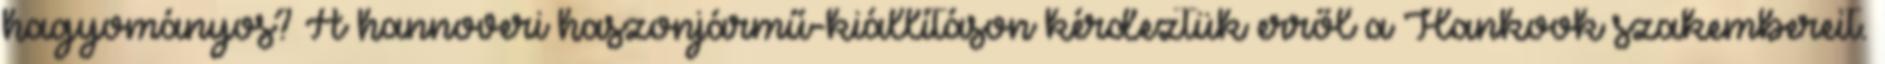
hagyományos? A hannoveri haszonjármű-kiállításon kérdeztük erről a Hankook szakembereit.